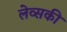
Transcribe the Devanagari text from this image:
लेव्‍सकी